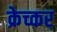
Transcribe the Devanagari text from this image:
क्रेच्कर